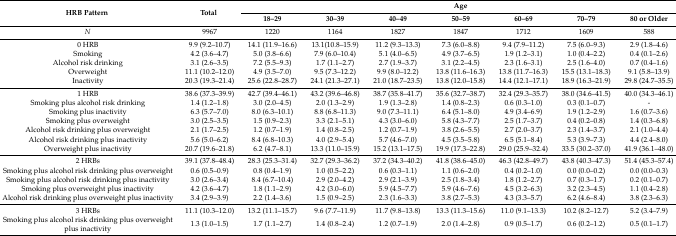
<table><thead><tr><td rowspan="2"><b>HRB Pattern</b></td><td rowspan="2"><b>Total</b></td><td colspan="7"><b>Age</b></td></tr><tr><td><b>18–29</b></td><td><b>30–39</b></td><td><b>40–49</b></td><td><b>50–59</b></td><td><b>60–69</b></td><td><b>70–79</b></td><td><b>80 or Older</b></td></tr></thead><tbody><tr><td><i>N</i></td><td>9967</td><td>1220</td><td>1164</td><td>1827</td><td>1847</td><td>1712</td><td>1609</td><td>588</td></tr><tr><td>0 HRB</td><td>9.9 (9.2–10.7)</td><td>14.1 (11.9–16.6)</td><td>13.1(10.8–15.9)</td><td>11.2 (9.3–13.3)</td><td>7.3 (6.0–8.8)</td><td>9.4 (7.9–11.2)</td><td>7.5 (6.0–9.3)</td><td>2.9 (1.8–4.6)</td></tr><tr><td>Smoking</td><td>4.2 (3.6–4.7)</td><td>5.0 (3.8–6.6)</td><td>7.9 (6.0–10.4)</td><td>5.1 (4.0–6.5)</td><td>4.9 (3.7–6.5)</td><td>1.9 (1.2–3.1)</td><td>1.0 (0.4–2.2)</td><td>0.4 (0.1–2.6)</td></tr><tr><td>Alcohol risk drinking</td><td>3.1 (2.6–3.5)</td><td>7.2 (5.5–9.3)</td><td>1.7 (1.1–2.7)</td><td>2.7 (1.9–3.7)</td><td>3.1 (2.2–4.5)</td><td>2.3 (1.6–3.1)</td><td>2.5 (1.6–4.0)</td><td>0.7 (0.4–1.6)</td></tr><tr><td>Overweight</td><td>11.1 (10.2–12.0)</td><td>4.9 (3.5–7.0)</td><td>9.5 (7.3–12.2)</td><td>9.9 (8.0–12.2)</td><td>13.8 (11.6–16.3)</td><td>13.8 (11.7–16.3)</td><td>15.5 (13.1–18.3)</td><td>9.1 (5.8–13.9)</td></tr><tr><td>Inactivity</td><td>20.3 (19.3–21.4)</td><td>25.6 (22.8–28.7)</td><td>24.1 (21.3–27.1)</td><td>21.0 (18.7–23.5)</td><td>13.8 (12.0–15.8)</td><td>14.4 (12.1–17.1)</td><td>18.9 (16.3–21.9)</td><td>29.8 (24.7–35.5)</td></tr><tr><td>1 HRB</td><td>38.6 (37.3–39.9)</td><td>42.7 (39.4–46.1)</td><td>43.2 (39.6–46.8)</td><td>38.7 (35.8–41.7)</td><td>35.6 (32.7–38.7)</td><td>32.4 (29.3–35.7)</td><td>38.0 (34.6–41.5)</td><td>40.0 (34.3–46.1)</td></tr><tr><td>Smoking plus alcohol risk drinking</td><td>1.4 (1.2–1.8)</td><td>3.0 (2.0–4.5)</td><td>2.0 (1.3–2.9)</td><td>1.9 (1.3–2.8)</td><td>1.4 (0.8–2.3)</td><td>0.6 (0.3–1.0)</td><td>0.3 (0.1–0.7)</td><td>-</td></tr><tr><td>Smoking plus inactivity</td><td>6.3 (5.7–7.0)</td><td>8.0 (6.3–10.1)</td><td>8.8 (6.8–11.3)</td><td>9.0 (7.3–11.1)</td><td>6.4 (5.1–8.0)</td><td>4.9 (3.4–6.9)</td><td>1.9 (1.2–2.9)</td><td>1.6 (0.7–3.6)</td></tr><tr><td>Smoking plus overweight</td><td>3.0 (2.5–3.5)</td><td>1.5 (0.9–2.3)</td><td>3.3 (2.1–5.1)</td><td>4.3 (3.0–6.0)</td><td>5.8 (4.3–7.7)</td><td>2.5 (1.7–3.7)</td><td>0.4 (0.2–0.8)</td><td>1.4 (0.3–6.8)</td></tr><tr><td>Alcohol risk drinking plus overweight</td><td>2.1 (1.7–2.5)</td><td>1.2 (0.7–1.9)</td><td>1.4 (0.8–2.5)</td><td>1.2 (0.7–1.9)</td><td>3.8 (2.6–5.5)</td><td>2.7 (2.0–3.7)</td><td>2.3 (1.4–3.7)</td><td>2.1 (1.0–4.4)</td></tr><tr><td>Alcohol risk drinking plus inactivity</td><td>5.6 (5.0–6.2)</td><td>8.4 (6.8–10.3)</td><td>4.0 (2.9–5.4)</td><td>5.7 (4.6–7.0)</td><td>4.5 (3.5–5.8)</td><td>6.5 (5.1–8.4)</td><td>5.3 (3.9–7.3)</td><td>4.4 (2.4–8.0)</td></tr><tr><td>Overweight plus inactivity</td><td>20.7 (19.6–21.8)</td><td>6.2 (4.7–8.1)</td><td>13.3 (11.0–15.9)</td><td>15.2 (13.1–17.5)</td><td>19.9 (17.3–22.8)</td><td>29.0 (25.9–32.4)</td><td>33.5 (30.2–37.0)</td><td>41.9 (36.1–48.0)</td></tr><tr><td>2 HRBs</td><td>39.1 (37.8–48.4)</td><td>28.3 (25.3–31.4)</td><td>32.7 (29.3–36.2)</td><td>37.2 (34.3–40.2)</td><td>41.8 (38.6–45.0)</td><td>46.3 (42.8–49.7)</td><td>43.8 (40.3–47.3)</td><td>51.4 (45.3–57.4)</td></tr><tr><td>Smoking plus alcohol risk drinking plus overweight</td><td>0.6 (0.5–0.9)</td><td>0.8 (0.4–1.9)</td><td>1.0 (0.5–2.2)</td><td>0.6 (0.3–1.1)</td><td>1.1 (0.6–2.0)</td><td>0.4 (0.2–1.0)</td><td>0.0 (0.0–0.2)</td><td>0.0 (0.0–0.3)</td></tr><tr><td>Smoking plus alcohol risk drinking plus inactivity</td><td>3.0 (2.6–3.4)</td><td>8.4 (6.7–10.4)</td><td>2.9 (2.0–4.2)</td><td>2.9 (2.1–3.9)</td><td>2.5 (1.8–3.4)</td><td>1.8 (1.2–2.7)</td><td>0.7 (0.3–1.7)</td><td>0.2 (0.1–0.7)</td></tr><tr><td>Smoking plus overweight plus inactivity</td><td>4.2 (3.6–4.7)</td><td>1.8 (1.1–2.9)</td><td>4.2 (3.0–6.0)</td><td>5.9 (4.5–7.7)</td><td>5.9 (4.6–7.6)</td><td>4.5 (3.2–6.3)</td><td>3.2 (2.3–4.5)</td><td>1.1 (0.4–2.8)</td></tr><tr><td>Alcohol risk drinking plus overweight plus inactivity</td><td>3.4 (2.9–3.9)</td><td>2.2 (1.4–3.6)</td><td>1.5 (0.9–2.5)</td><td>2.3 (1.6–3.3)</td><td>3.8 (2.7–5.3)</td><td>4.3 (3.3–5.7)</td><td>6.2 (4.6–8.4)</td><td>3.8 (2.3–6.3)</td></tr><tr><td>3 HRBs</td><td>11.1 (10.3–12.0)</td><td>13.2 (11.1–15.7)</td><td>9.6 (7.7–11.9)</td><td>11.7 (9.8–13.8)</td><td>13.3 (11.3–15.6)</td><td>11.0 (9.1–13.3)</td><td>10.2 (8.2–12.7)</td><td>5.2 (3.4–7.9)</td></tr><tr><td>Smoking plus alcohol risk drinking plus overweight plus inactivity</td><td>1.3 (1.0–1.5)</td><td>1.7 (1.1–2.7)</td><td>1.4 (0.8–2.4)</td><td>1.2 (0.7–1.9)</td><td>2.0 (1.4–2.8)</td><td>0.9 (0.5–1.7)</td><td>0.6 (0.2–1.2)</td><td>0.5 (0.1–1.7)</td></tr></tbody></table>